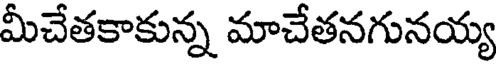
మీచేతకాకున్న మాచేతనగునయ్య